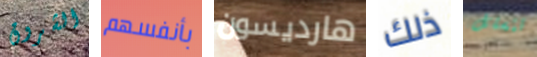
الشروق بأنفسهم هارديسون ذلك تتسلل